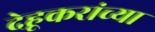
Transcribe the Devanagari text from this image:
देहूकरांच्या